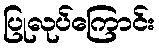
ပြုလုပ်ကြောင်း